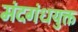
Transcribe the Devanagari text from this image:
मंदगंधयुक्त